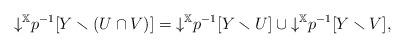
LaTeX: \begin{align*}{\downarrow}^{\mathbb{X}} p^{-1}[Y \smallsetminus (U \cap V)] = {\downarrow}^{\mathbb{X}} p^{-1}[Y \smallsetminus U] \cup {\downarrow}^{\mathbb{X}} p^{-1}[Y \smallsetminus V],\end{align*}